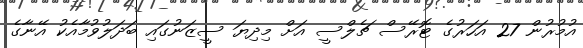
އުމުރުން 27 އަހަރުގެ ޓޮރޭސް ޗެލްސީ އަށް މިދިޔަ ސީޒަނުގައި ބަދަލުވުމާއެކު އޭނާގެ